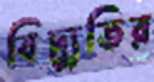
বিদ্যুতির